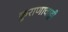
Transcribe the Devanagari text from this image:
कुराणाचाही